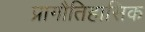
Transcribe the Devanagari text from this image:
प्रागौतिहासिक